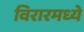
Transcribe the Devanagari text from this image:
विरारमध्ये